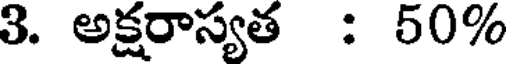
3. అక్షరాస్యత : 50%